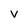
Character: v